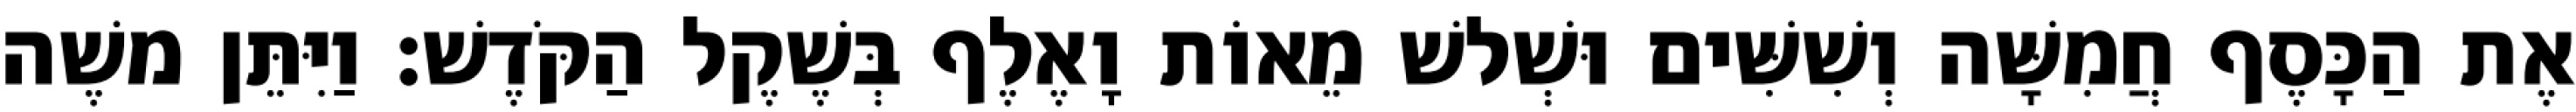
אֶת הַכָּסֶף חֲמִשָּׁה וְשִׁשִּׁים וּשְׁלשׁ מֵאוֹת וָאֶלֶף בְּשֶׁקֶל הַקֹּדֶשׁ׃ וַיִּתֵּן משֶׁה